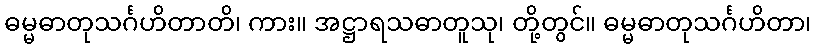
ဓမ္မဓာတုသင်္ဂဟိတာတိ၊ ကား။ အဋ္ဌာရသဓာတူသု၊ တို့တွင်။ ဓမ္မဓာတုသင်္ဂဟိတာ၊